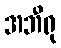
အဘီရု